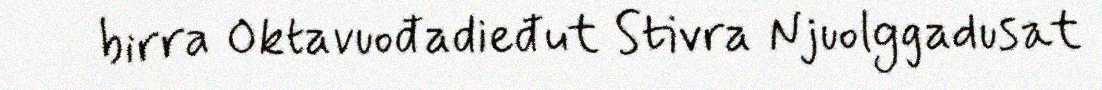
birra Oktavuođadieđut Stivra Njuolggadusat